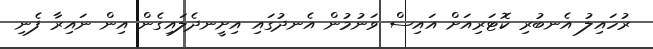
ރުހައިލު އެނބުރި ކޮޓަރިއަށް އައިސް ވަނުމުން އެނދުގައި އިށީނދެލައިގެން އިން ނައިރާ ފެނި